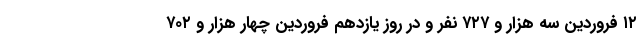
۱۲ فروردین سه هزار و ۷۲۷ نفر و در روز یازدهم فروردین چهار هزار و ۷۰۲